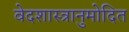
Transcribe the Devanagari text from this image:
वेदशास्त्रानुमोदित